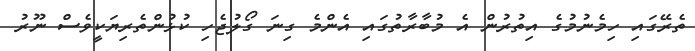
ތެރޭގައި ހިމެނުމުގެ އިތުރުން އެ މުބާރާތުގައި އެންމެ ގިނަ ގޯލުޖެހި ކުޅުންތެރިޔަކީވެސް ނޫރު